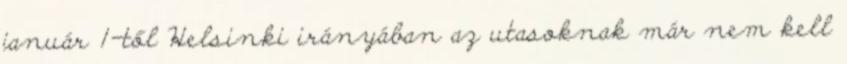
január 1-től Helsinki irányában az utasoknak már nem kell